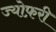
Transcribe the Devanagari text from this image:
ज्योफ़री